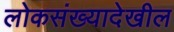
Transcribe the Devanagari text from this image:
लोकसंख्यादेखील